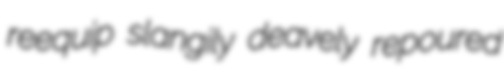
reequip slangily deavely repoured